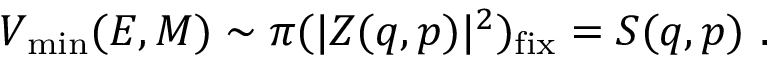
V _ { \mathrm { m i n } } ( E , M ) \sim \pi ( | Z ( q , p ) | ^ { 2 } ) _ { \mathrm { f i x } } = S ( q , p ) \ .